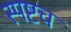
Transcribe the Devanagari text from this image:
स्पष्टच